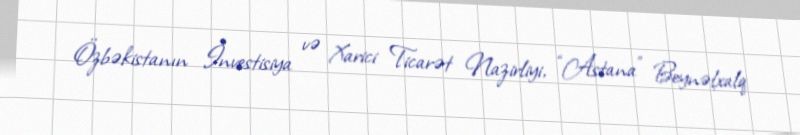
Özbəkistanın İnvestisiya və Xarici Ticarət Nazirliyi, “Astana” Beynəlxalq